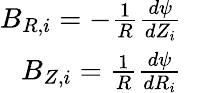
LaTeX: \begin{array}{rl}{B_{R,i}=-\frac{1}{R}\frac{d\psi}{dZ_{i}}}\\ {B_{Z,i}=\frac{1}{R}\frac{d\psi}{dR_{i}}}&{{}}\end{array}